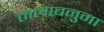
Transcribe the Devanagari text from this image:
तालाबनुमा